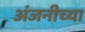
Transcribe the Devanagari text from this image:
अंजनीच्या